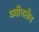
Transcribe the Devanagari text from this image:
क्वीनलैन